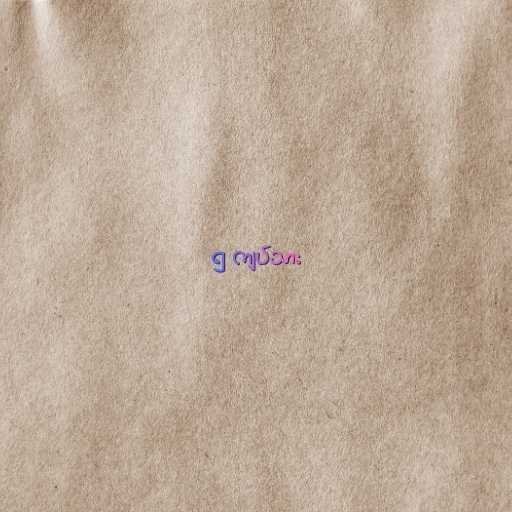
၅ ကျပ်သား